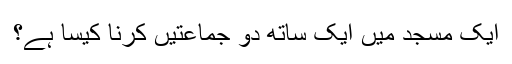
ایک مسجد میں ایک ساتھ دو جماعتیں کرنا کیسا ہے؟